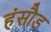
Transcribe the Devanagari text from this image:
हंसौड